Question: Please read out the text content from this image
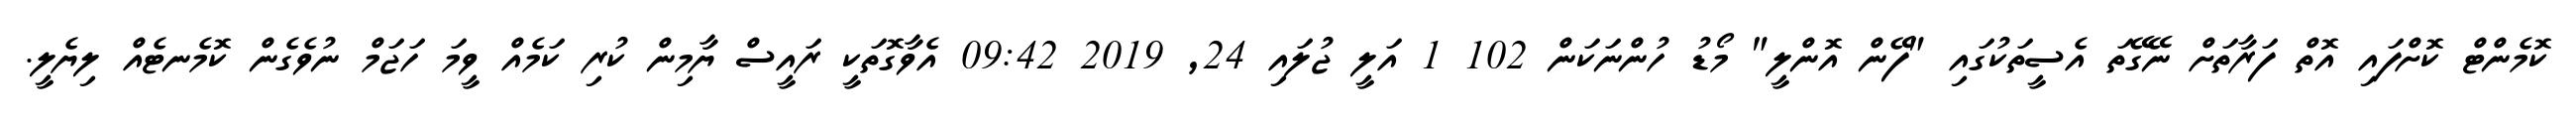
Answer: ކޮމެންޓް ކޮށްފައި އޮތް ފަރާތަށް ނޭގޭތަ އެސީތަކުގައި "ފޭން އޮންލީ" މޯޑު ހުންނަކަން 102 1 އަލީ ޖުލައި 24, 2019 09:42 އެވާގޮތަކީ ރައީސް ޔާމިން ކުރި ކަމެއް ވީމަ ހަޖަމް ނުވެގެން ކޮމެނޓެއް ލިޔެލީ.